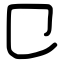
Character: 㔾